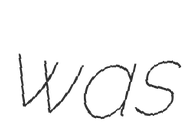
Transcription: was